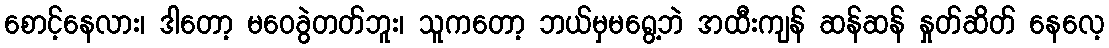
စောင့်နေလား၊ ဒါတော့ မဝေခွဲတတ်ဘူး၊ သူကတော့ ဘယ်မှမရွေ့ဘဲ အထီးကျန် ဆန်ဆန် နှုတ်ဆိတ် နေလေ့